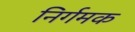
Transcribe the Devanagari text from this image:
निर्गमक